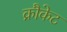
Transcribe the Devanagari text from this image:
क्रौकेट